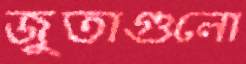
জুতাগুলো